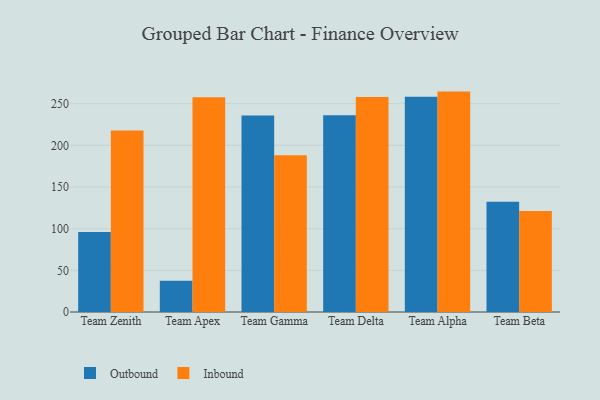
{"axis": {"x": "Team", "y": "Market Share (%)"}, "legend": ["Inbound", "Outbound"], "data": [{"x": "Team Zenith", "y": 95.9, "type": "Outbound"}, {"x": "Team Zenith", "y": 217.8, "type": "Inbound"}, {"x": "Team Apex", "y": 37.6, "type": "Outbound"}, {"x": "Team Apex", "y": 257.6, "type": "Inbound"}, {"x": "Team Gamma", "y": 235.8, "type": "Outbound"}, {"x": "Team Gamma", "y": 188.1, "type": "Inbound"}, {"x": "Team Delta", "y": 236.1, "type": "Outbound"}, {"x": "Team Delta", "y": 258.1, "type": "Inbound"}, {"x": "Team Alpha", "y": 258.4, "type": "Outbound"}, {"x": "Team Alpha", "y": 264.5, "type": "Inbound"}, {"x": "Team Beta", "y": 132.4, "type": "Outbound"}, {"x": "Team Beta", "y": 121.3, "type": "Inbound"}]}